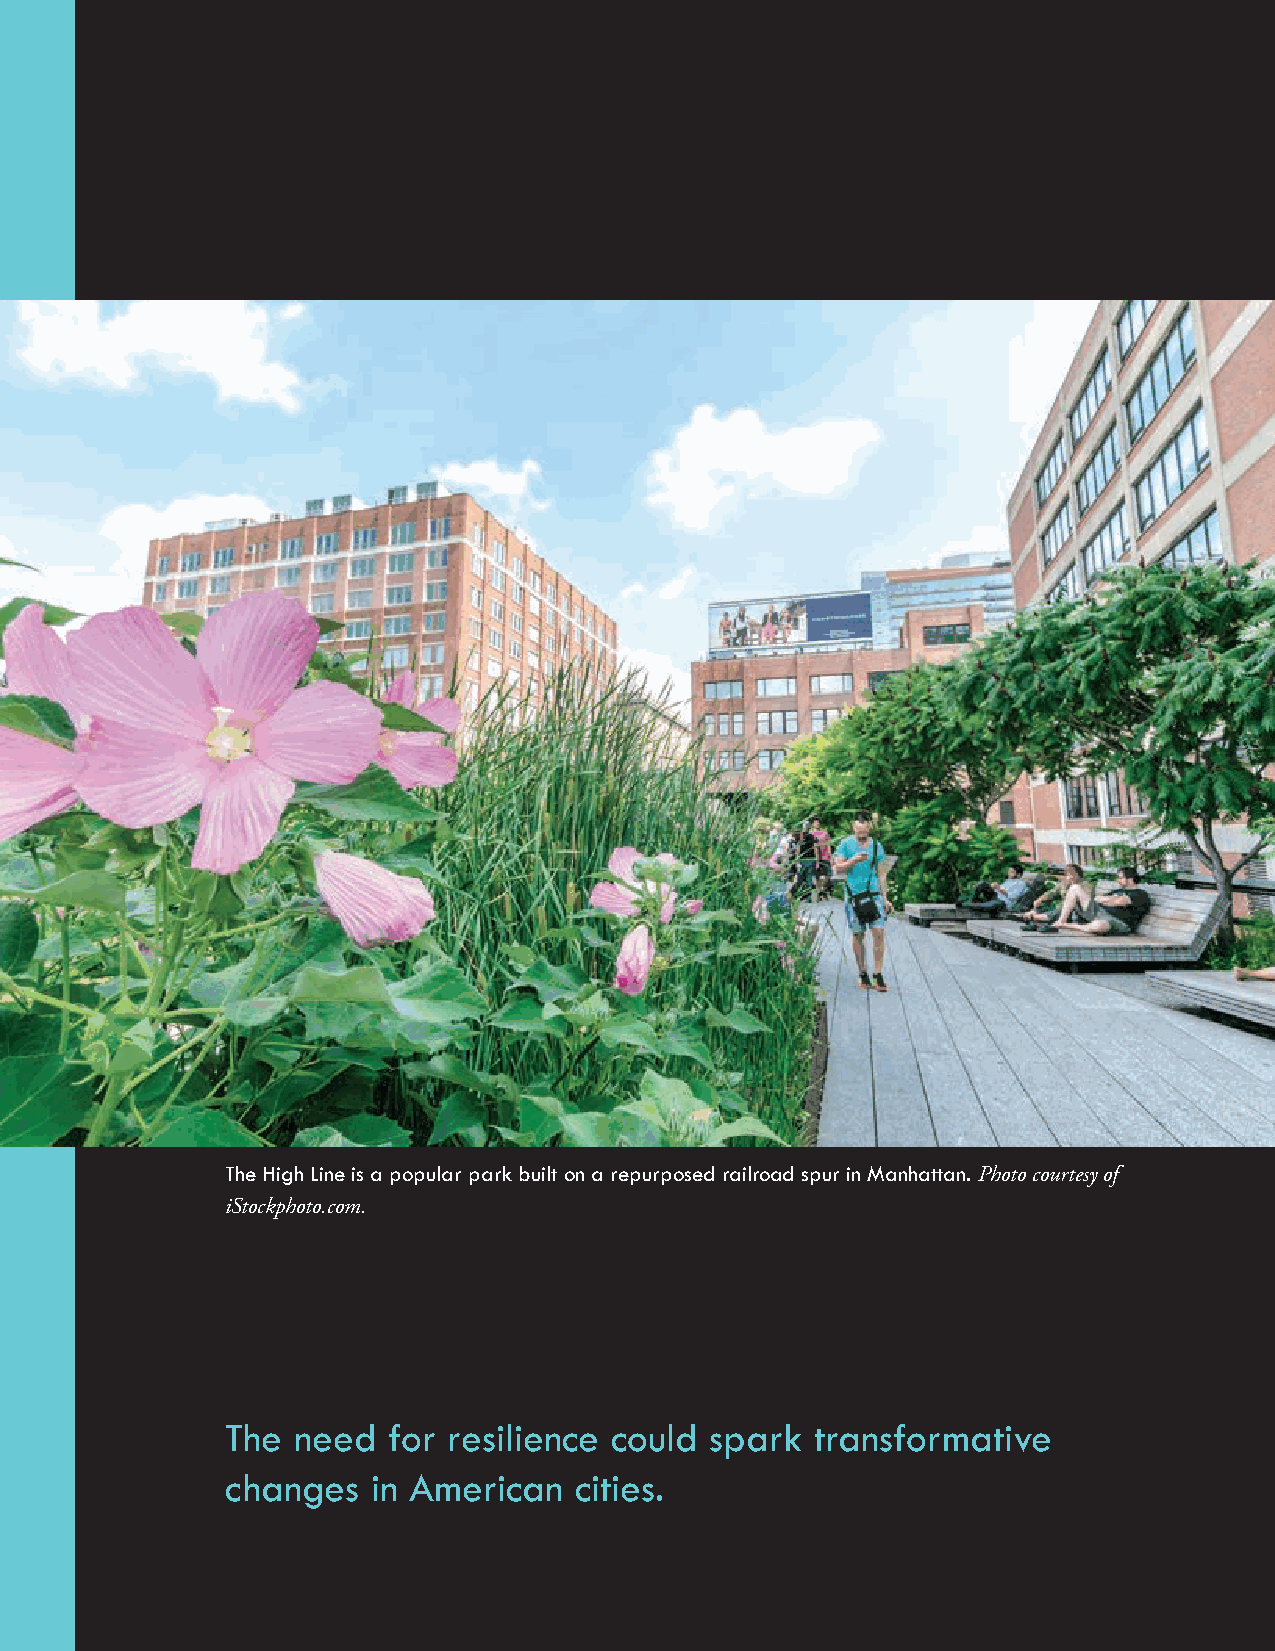
iv
 The High Line is a popular park built on a repurposed railroad spur in Manhattan. Photo courtesy of
 iStockphoto.com.
 The need   for resilience could spark  transformative
 changes   in American  cities.